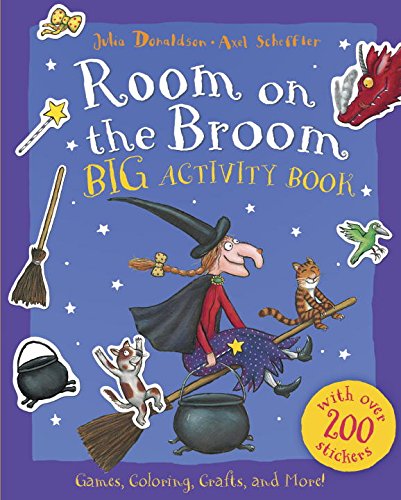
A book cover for Room on the Broom Big Activity Book; Julia Donaldson; Children's Books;